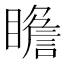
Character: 𱳎